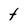
Character: t